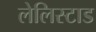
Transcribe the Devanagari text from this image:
लेलिस्टाड